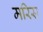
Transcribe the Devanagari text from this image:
मरिस